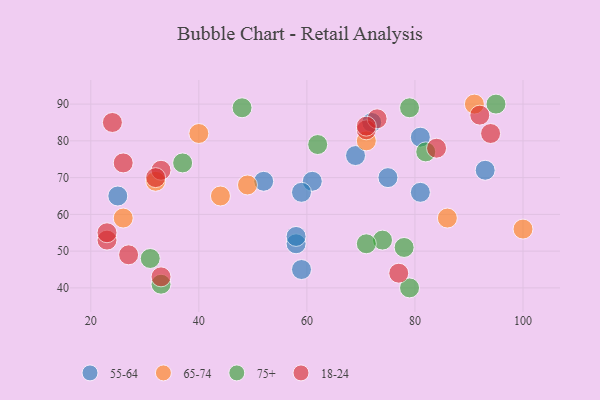
{"axis": {"x": "GDP", "y": "Life Expectancy"}, "legend": ["18-24", "55-64", "65-74", "75+"], "data": [{"x": "25", "y": 65, "type": "55-64"}, {"x": "69", "y": 76, "type": "55-64"}, {"x": "58", "y": 52, "type": "55-64"}, {"x": "81", "y": 81, "type": "55-64"}, {"x": "81", "y": 66, "type": "55-64"}, {"x": "72", "y": 85, "type": "55-64"}, {"x": "59", "y": 45, "type": "55-64"}, {"x": "93", "y": 72, "type": "55-64"}, {"x": "61", "y": 69, "type": "55-64"}, {"x": "59", "y": 66, "type": "55-64"}, {"x": "52", "y": 69, "type": "55-64"}, {"x": "58", "y": 54, "type": "55-64"}, {"x": "75", "y": 70, "type": "55-64"}, {"x": "32", "y": 69, "type": "65-74"}, {"x": "86", "y": 59, "type": "65-74"}, {"x": "71", "y": 80, "type": "65-74"}, {"x": "40", "y": 82, "type": "65-74"}, {"x": "44", "y": 65, "type": "65-74"}, {"x": "49", "y": 68, "type": "65-74"}, {"x": "100", "y": 56, "type": "65-74"}, {"x": "26", "y": 59, "type": "65-74"}, {"x": "91", "y": 90, "type": "65-74"}, {"x": "48", "y": 89, "type": "75+"}, {"x": "31", "y": 48, "type": "75+"}, {"x": "79", "y": 89, "type": "75+"}, {"x": "37", "y": 74, "type": "75+"}, {"x": "79", "y": 40, "type": "75+"}, {"x": "33", "y": 41, "type": "75+"}, {"x": "82", "y": 77, "type": "75+"}, {"x": "78", "y": 51, "type": "75+"}, {"x": "74", "y": 53, "type": "75+"}, {"x": "62", "y": 79, "type": "75+"}, {"x": "95", "y": 90, "type": "75+"}, {"x": "71", "y": 52, "type": "75+"}, {"x": "84", "y": 78, "type": "18-24"}, {"x": "71", "y": 83, "type": "18-24"}, {"x": "73", "y": 86, "type": "18-24"}, {"x": "27", "y": 49, "type": "18-24"}, {"x": "24", "y": 85, "type": "18-24"}, {"x": "33", "y": 72, "type": "18-24"}, {"x": "26", "y": 74, "type": "18-24"}, {"x": "77", "y": 44, "type": "18-24"}, {"x": "71", "y": 84, "type": "18-24"}, {"x": "92", "y": 87, "type": "18-24"}, {"x": "23", "y": 53, "type": "18-24"}, {"x": "33", "y": 43, "type": "18-24"}, {"x": "94", "y": 82, "type": "18-24"}, {"x": "23", "y": 55, "type": "18-24"}, {"x": "32", "y": 70, "type": "18-24"}]}